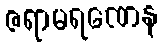
ဇရာမရဏေန